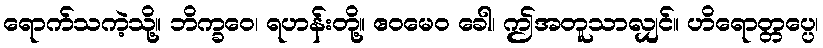
ရောက်သကဲ့သို့။ ဘိက္ခဝေ၊ ရဟန်းတို့။ ဧဝမေဝ ခေါ၊ ဤအတူသာလျှင်။ ဟိရောတ္တပ္ပေ၊